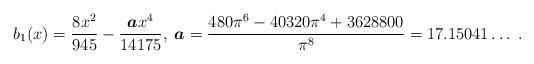
LaTeX: \begin{align*}b_1(x) = \frac{8x^2}{945}-\frac{\mbox{\boldmath $a$} x^4}{14175},\;\mbox{\boldmath $a$} = \frac{480\pi^6-40320\pi^4+3628800}{\pi^8} =17.15041 \ldots \; .\end{align*}